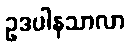
ဥဒပါနသာလာ